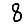
Digit: 8